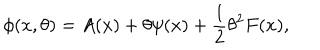
\phi ( x , \theta ) = A ( x ) + \theta \psi ( x ) + { \frac { 1 } { 2 } } \theta ^ { 2 } F ( x ) ,